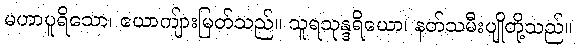
မဟာပူရိသော၊ ယောကျ်ားမြတ်သည်။ သူရသုန္ဒရိယော၊ နတ်သမီးပျိုတို့သည်။